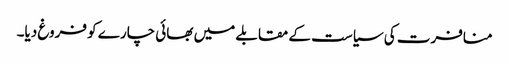
منافرت کی سیاست کے مقابلے میں بھائی چارے کو فروغ دیا۔